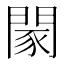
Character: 𨴯